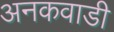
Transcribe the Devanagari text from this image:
अनकवाडी